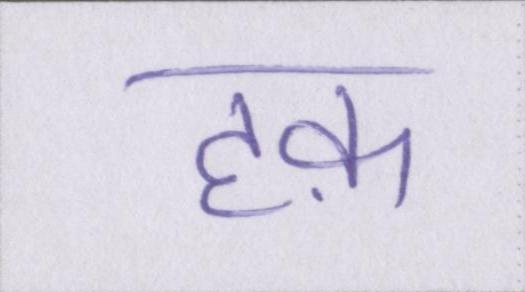
हक़